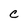
Character: C